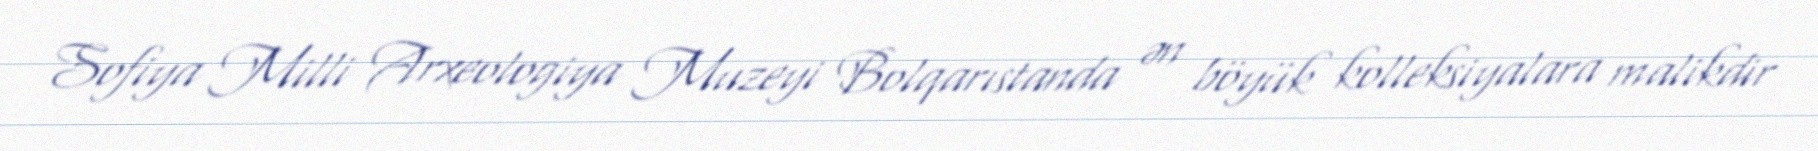
Sofiya Milli Arxeologiya Muzeyi Bolqarıstanda ən böyük kolleksiyalara malikdir